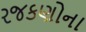
રજકણોના